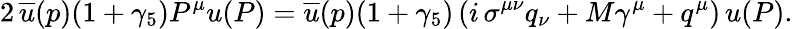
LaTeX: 2\, \overline{{{u}}}(p)(1+\gamma_{5})P^{\mu}u(P)=\overline{{{u}}}(p)(1+\gamma_{5})\left(i\, \sigma^{\mu\nu}q_{\nu}+M\gamma^{\mu}+q^{\mu}\right)\, u(P).